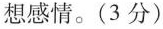
想感情。（3分）